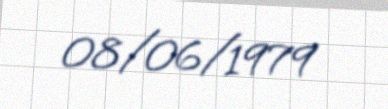
08/06/1979